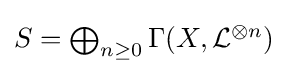
\textstyle S=\bigoplus _{n\geq 0}\Gamma (X,{\mathcal {L}}^{\otimes n})